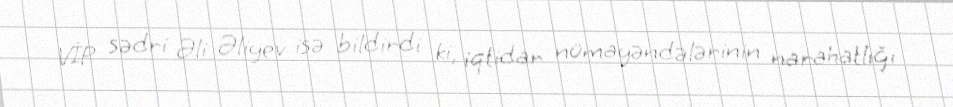
VİP sədri Əli Əliyev isə bildirdi ki, iqtidar nümayəndələrinin narahatlığı